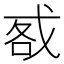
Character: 㦴